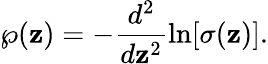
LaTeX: \wp(\mathbf{z})=-\frac{{d^{2}}}{{d\mathbf{z}^{2}}}\ln[\sigma(\mathbf{z})].